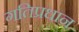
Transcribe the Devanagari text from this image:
गतिप्रधान